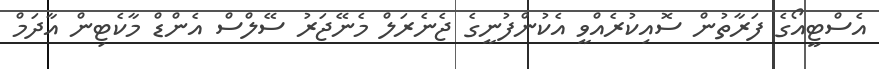
އެސްޓީއޯގެ ފަރާތުން ސޮއިކުރެއްވީ އެކުންފުނީގެ ޖެނެރަލް މެނޭޖަރު ސޭލްސް އެންޑް މާކެޓިން އާދަމް